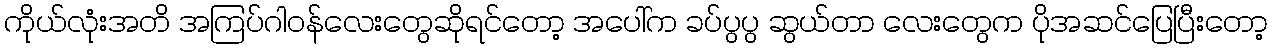
ကိုယ်လုံးအတိ အကြပ်ဂါဝန်လေးတွေဆိုရင်တော့ အပေါ်က ခပ်ပွပွ ဆွယ်တာ လေးတွေက ပိုအဆင်ပြေပြီးတော့